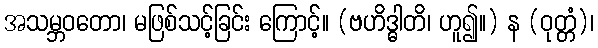
အသမ္ဘဝတော၊ မဖြစ်သင့်ခြင်း ကြောင့်။ (ဗဟိဒ္ဓါတိ၊ ဟူ၍။) န (ဝုတ္တံ)၊